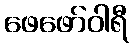
ဖေဖော်ဝါရီ